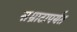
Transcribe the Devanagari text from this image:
सम्राटापर्यंत